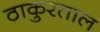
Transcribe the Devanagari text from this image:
ठाकुरताल